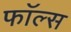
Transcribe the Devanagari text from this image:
फाॅल्स